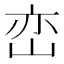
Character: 峦